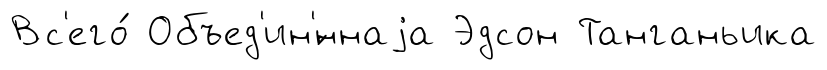
Вс'его́ Объед'ин'́ннаjа Эдсон Танганьика